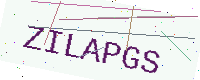
Text: ZILAPGS